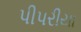
પીપરીયા